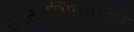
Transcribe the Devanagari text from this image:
कातळभिंतीपाशी